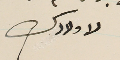
لاولادك